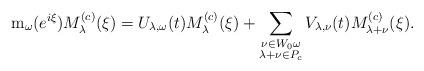
LaTeX: \begin{align*}{\mathrm m}_\omega(e^{i\xi}) M_\lambda^{(c)}(\xi ) =U_{\lambda,\omega}(t) M_\lambda^{(c)} (\xi )+ \sum_{\substack{\nu\in W_0\omega\\ \lambda+\nu\in {P_c} }} V_{\lambda,\nu}(t) M_{\lambda + \nu}^{(c)} (\xi ) .\end{align*}